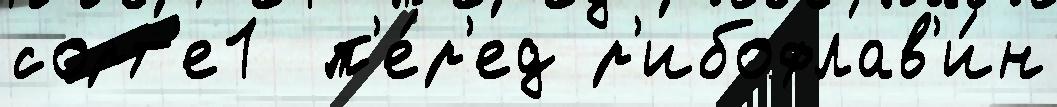
сорт'е1  п'е́р'ед р'ибофлав'и́н